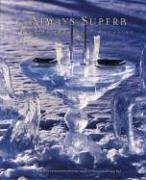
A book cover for Always Superb: Recipes for Every Occasion; The Junior Leagues of Minneapolis and St; Cookbooks, Food & Wine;